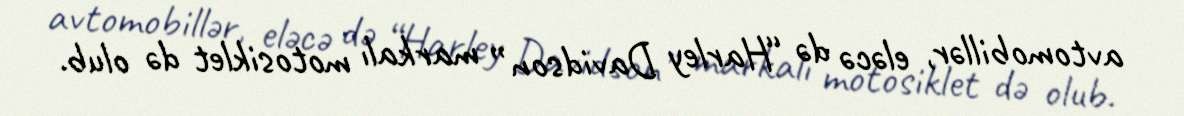
avtomobillər, eləcə də “Harley Davidson” markalı motosiklet də olub.